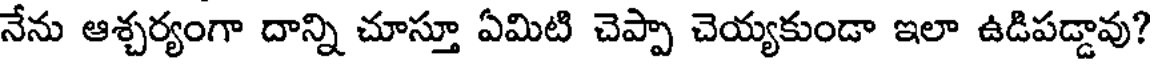
నేను ఆశ్చర్యంగా దాన్ని చూస్తూ ఏమిటి చెప్పా చెయ్యకుండా ఇలా ఉడిపడ్డావు?